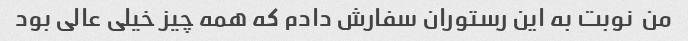
من  نوبت به این رستوران سفارش دادم که همه چیز خیلی عالی بود